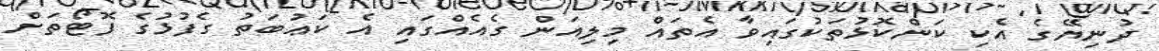
ދުނިޔޭގެ އެކި ކަންކޮޅުތަކުގައިވާ އެތައް މިލިއަން ގެއެއްގައި އެ ކަޢުބަތު ގެފުޅުގެ ފޮޓޯތަށް